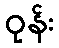
ဝုန်း